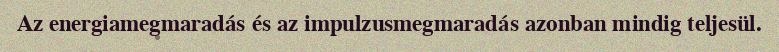
Az energiamegmaradás és az impulzusmegmaradás azonban mindig teljesül.